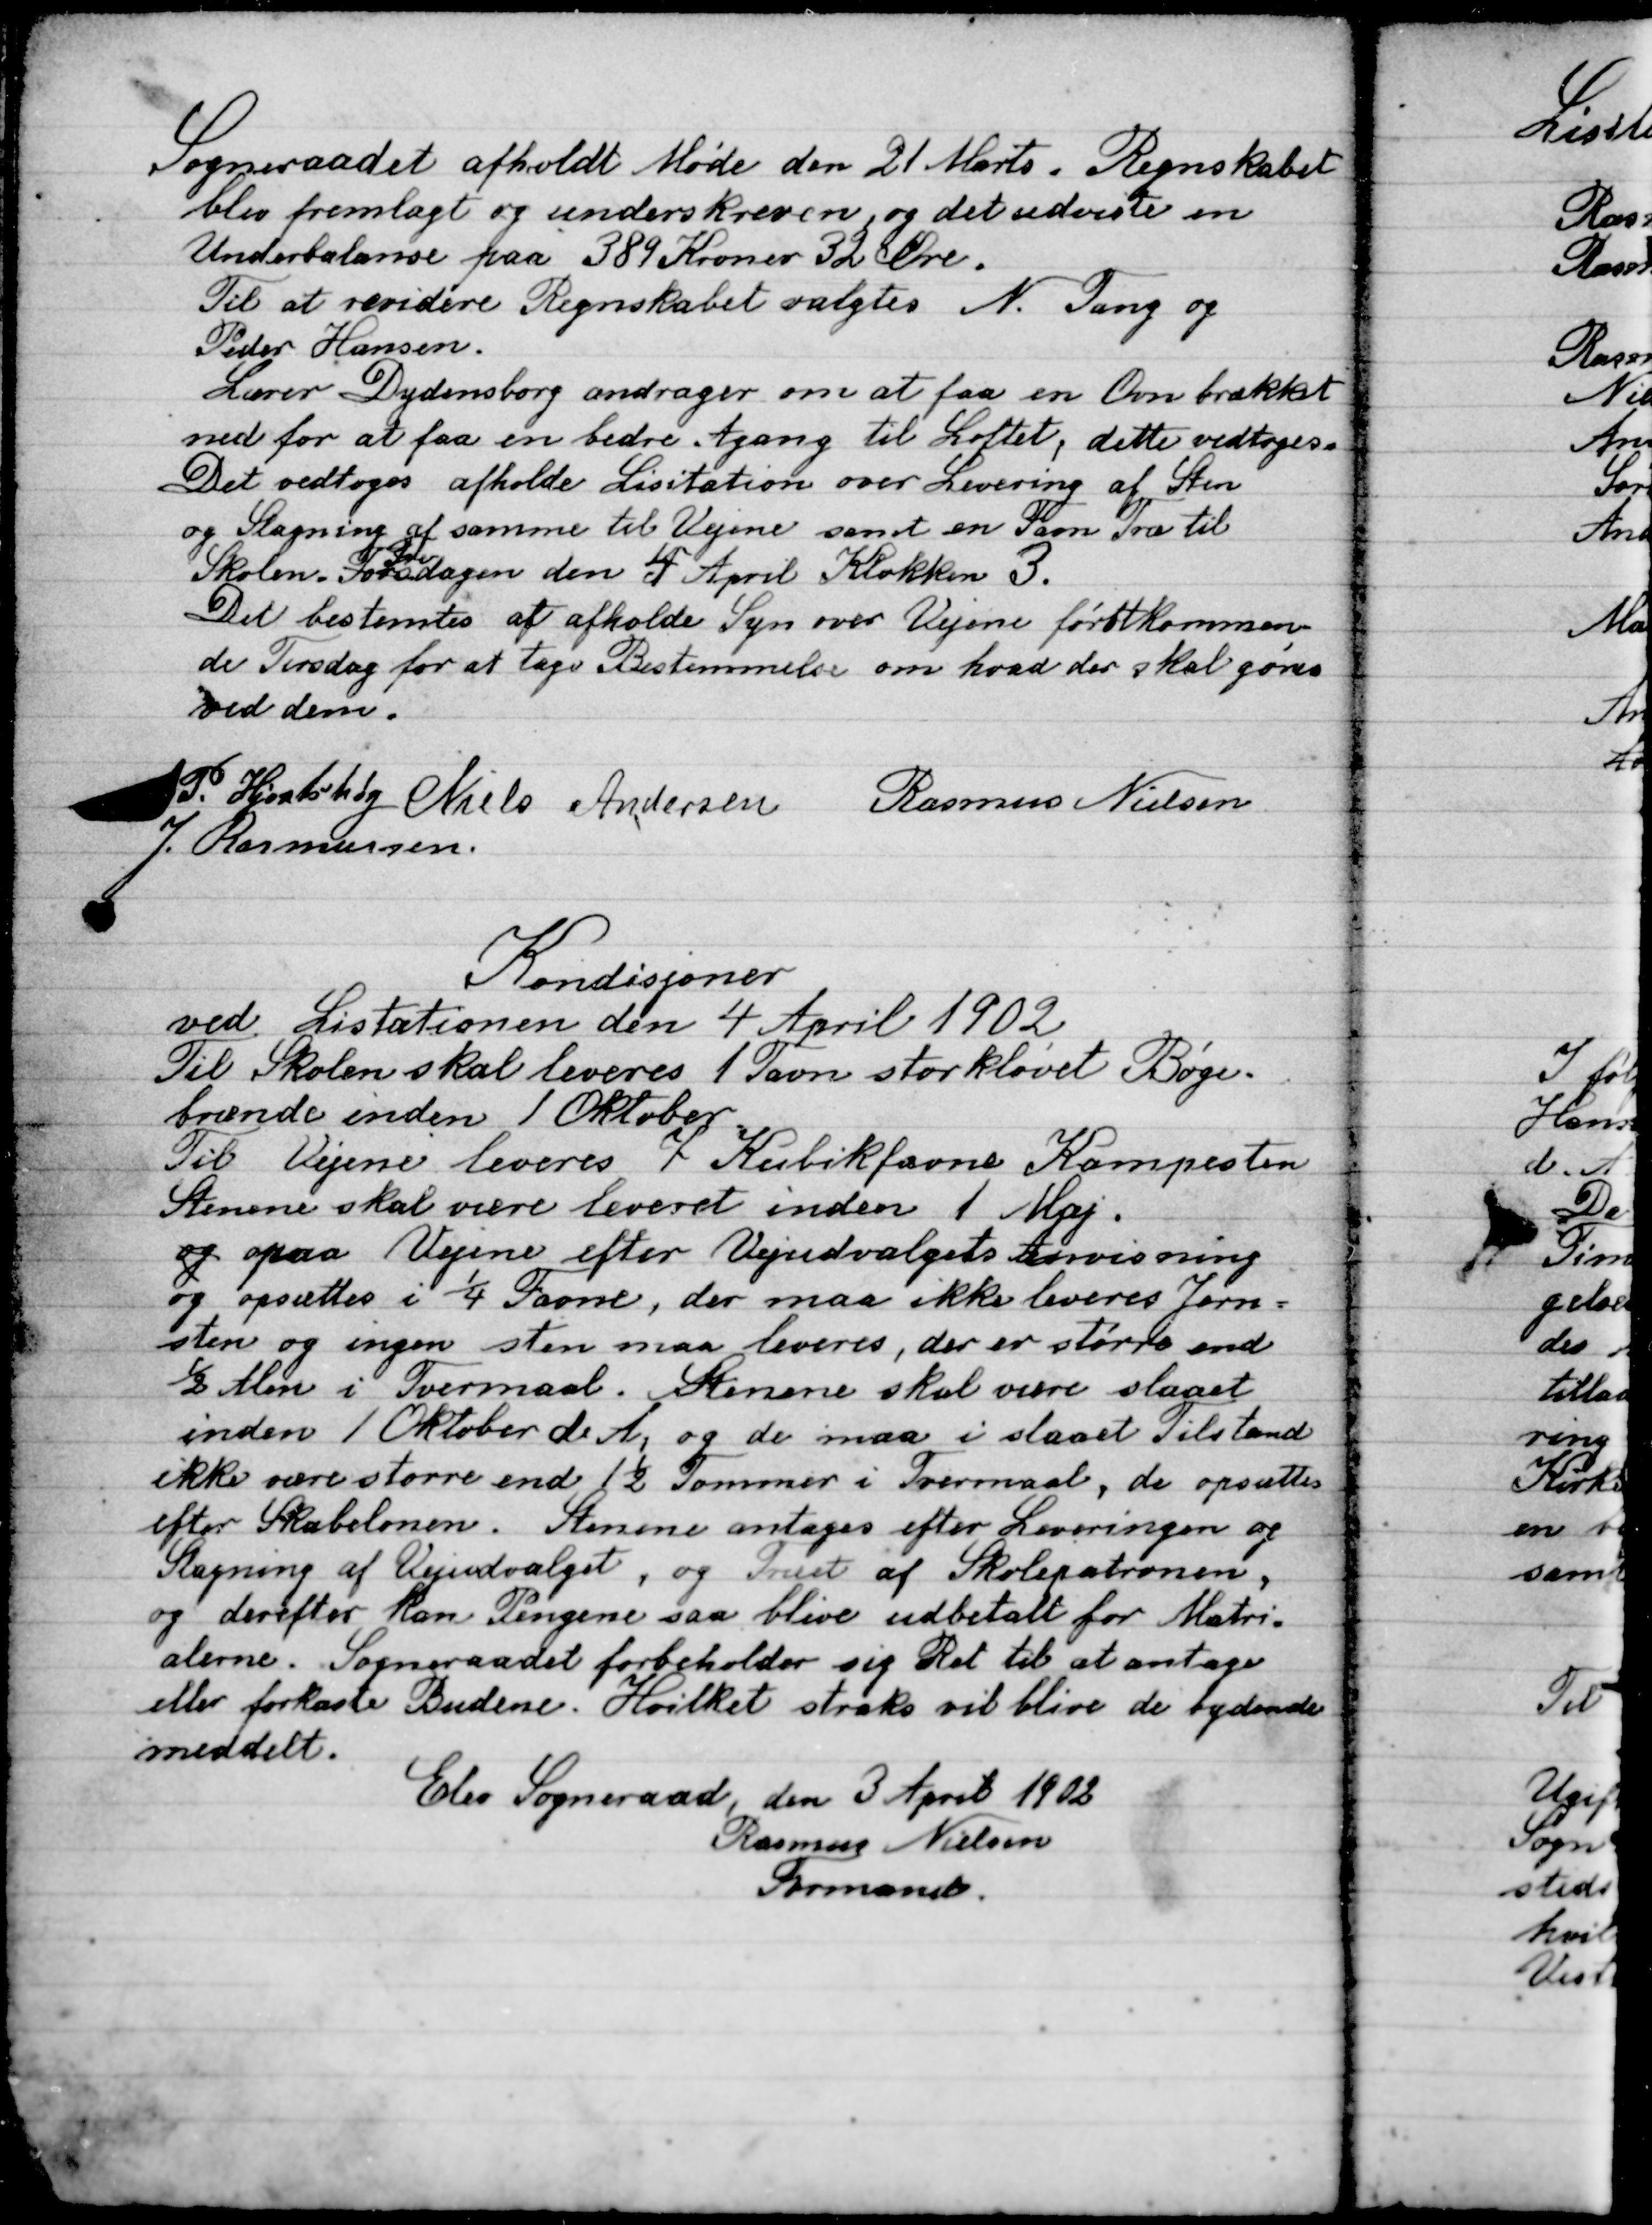
Transskription:
Sogneraadet afholdt Møde den 21 Marts. Regentskabet
blev fremlagt og underskreven, og det udviste en
Underbalance paa 389 Kroner 32 Øre.
Til at revidere Regnskabet valgtes N. Tang og
Peder Hansen.
Lærer Dydensborg andrager om at faa en Ovn brækket
ned for at faa en bedre Adgang til Loftet, dette vedtoges.
Det vedtoges afholdte Licitation over Levering af  Sten
og Slagning af samme til Vejene samt en Favn Træ til
Skolen. Torsdagen den 4 April Klokken 3.
Det bestemtes at afholde Syn over Vejene førstkommen-
de Torsdag for at tage Bestemmelse om hvad der skal gøres
ved dem.

P. Hjortshøj
Niels Andersen
Rasmus Nielsen
J. Rasmussen

Kondisjoner
ved Licitationen den 4 april 1902
Til Skolen skal leveres 1 Favn storløvet Bøge-
brænde inden 1 Oktober.
Til Vejene leveres 7 Kubikfavne Kampesten.
Stenene skal være leveret inden 1 Maj.
og paa Vejene efter Vejudvalgets Anvisning
og opsættes i ¼ Favne, der maa ikke leveres jern-
sten og ingen sten maa leveres, der er større end
½ Alen i Tværmaal. Stenene skal være slaaet
inden 1 Oktober d. A. og de maa i slaaet Tilstand
ikke være større end 1½ Tomme i Tværmaal, de opsættes
efter skabelonen. Stenene antages efter Leveringen og
Slagning af Vejudvalget, og Truet af Skolepatronen,
Og derefter kan Pengene saa blive udbetalt fodr Matri-
alerne. Sogneraadet forbeholder sig ret til at antage
eller forkaste Budene. Hvilket straks vil blive de bydende
meddelt.
Elev Sogneraad, den 3 April 1902
Rasmus Nielsen
Formand.